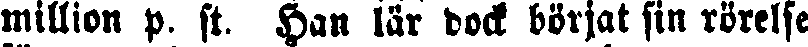
million p. st. Han lär dock börjat sin rörelse